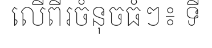
លើពីរចំនុចធំៗ៖ ទី